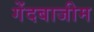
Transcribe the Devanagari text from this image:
गेंदबाजीम